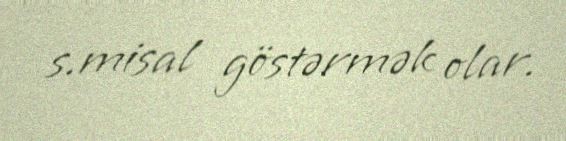
s.misal göstərmək olar.